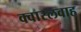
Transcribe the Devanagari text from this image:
क्वास्लवाह